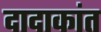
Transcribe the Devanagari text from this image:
दादाकांत